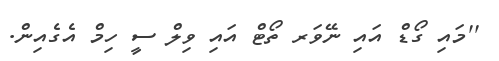
''މައި ގޯޑް އައި ނޭވަރ ތޯޓް އައި ވިލް ސީ ހިމް އެގެއިން.